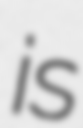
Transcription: is